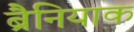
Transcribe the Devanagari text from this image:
ब्रैनियाक